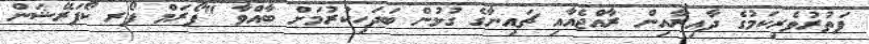
ފަތުރުވެރިކަމުގެ ދާއިރާއިން ރާއްޖެއާއި ޗައިނާގެ ގުޅުން ބަދަހިކުރުމަށް ބާއްވާ "ފޯރަމް ފޯރ ކޯޕަރޭޝަން